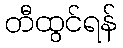
တီထွင်ရန်